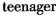
teenager